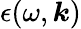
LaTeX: \epsilon(\omega,\boldsymbol{k})